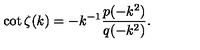
\cot \zeta ( k ) = - k ^ { - 1 } \frac { p ( - k ^ { 2 } ) } { q ( - k ^ { 2 } ) } .